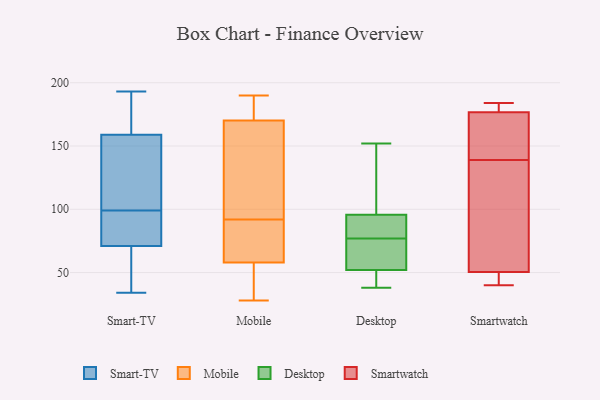
{"axis": {"x": "Tickets Resolved", "y": "Value"}, "legend": ["Desktop", "Mobile", "Smart-TV", "Smartwatch"], "data": [{"x": "", "y": 78, "type": "Smart-TV"}, {"x": "", "y": 99, "type": "Smart-TV"}, {"x": "", "y": 125, "type": "Smart-TV"}, {"x": "", "y": 148, "type": "Smart-TV"}, {"x": "", "y": 58, "type": "Smart-TV"}, {"x": "", "y": 191, "type": "Smart-TV"}, {"x": "", "y": 155, "type": "Smart-TV"}, {"x": "", "y": 34, "type": "Smart-TV"}, {"x": "", "y": 171, "type": "Smart-TV"}, {"x": "", "y": 68, "type": "Smart-TV"}, {"x": "", "y": 72, "type": "Smart-TV"}, {"x": "", "y": 73, "type": "Smart-TV"}, {"x": "", "y": 193, "type": "Smart-TV"}, {"x": "", "y": 182, "type": "Mobile"}, {"x": "", "y": 93, "type": "Mobile"}, {"x": "", "y": 92, "type": "Mobile"}, {"x": "", "y": 176, "type": "Mobile"}, {"x": "", "y": 153, "type": "Mobile"}, {"x": "", "y": 73, "type": "Mobile"}, {"x": "", "y": 46, "type": "Mobile"}, {"x": "", "y": 76, "type": "Mobile"}, {"x": "", "y": 190, "type": "Mobile"}, {"x": "", "y": 28, "type": "Mobile"}, {"x": "", "y": 53, "type": "Mobile"}, {"x": "", "y": 48, "type": "Desktop"}, {"x": "", "y": 149, "type": "Desktop"}, {"x": "", "y": 78, "type": "Desktop"}, {"x": "", "y": 100, "type": "Desktop"}, {"x": "", "y": 152, "type": "Desktop"}, {"x": "", "y": 67, "type": "Desktop"}, {"x": "", "y": 47, "type": "Desktop"}, {"x": "", "y": 64, "type": "Desktop"}, {"x": "", "y": 77, "type": "Desktop"}, {"x": "", "y": 38, "type": "Desktop"}, {"x": "", "y": 83, "type": "Desktop"}, {"x": "", "y": 42, "type": "Smartwatch"}, {"x": "", "y": 133, "type": "Smartwatch"}, {"x": "", "y": 154, "type": "Smartwatch"}, {"x": "", "y": 77, "type": "Smartwatch"}, {"x": "", "y": 42, "type": "Smartwatch"}, {"x": "", "y": 58, "type": "Smartwatch"}, {"x": "", "y": 40, "type": "Smartwatch"}, {"x": "", "y": 48, "type": "Smartwatch"}, {"x": "", "y": 171, "type": "Smartwatch"}, {"x": "", "y": 184, "type": "Smartwatch"}, {"x": "", "y": 183, "type": "Smartwatch"}, {"x": "", "y": 181, "type": "Smartwatch"}, {"x": "", "y": 176, "type": "Smartwatch"}, {"x": "", "y": 139, "type": "Smartwatch"}, {"x": "", "y": 177, "type": "Smartwatch"}]}